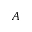
A